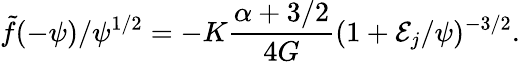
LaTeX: \tilde{f}(-\psi)/\psi^{1/2}=-K{\frac{\alpha+3/2}{4G}}(1+{\cal E}_{j}/\psi)^{-3/2}.